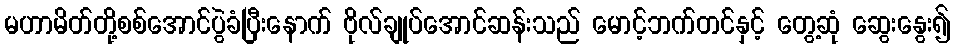
မဟာမိတ်တို့စစ်အောင်ပွဲခံပြီးနောက် ဗိုလ်ချုပ်အောင်ဆန်းသည် မောင့်ဘက်တင်နှင့် တွေ့ဆုံ ဆွေးနွေး၍